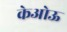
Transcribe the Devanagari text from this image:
केओऊ